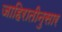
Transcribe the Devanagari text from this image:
जाहिरातीनुसार